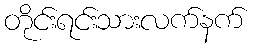
တိုင်းရင်းသားလက်နက်